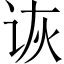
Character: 诙